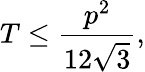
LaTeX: T\leq{\frac{p^{2}}{12{\sqrt{3}}}},